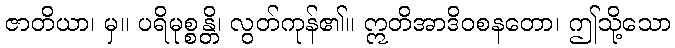
ဇာတိယာ၊ မှ။ ပရိမုစ္စန္တိ၊ လွတ်ကုန်၏။ ဣတိအာဒိဝစနတော၊ ဤသို့သော